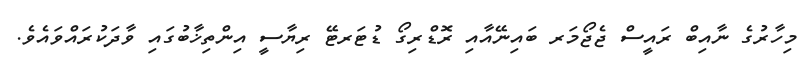
މިހާރުގެ ނާއިބް ރައީސް ޖެޖޯމަރ ބައިނޭއާއި ރޮޑްރިގޯ ޑުޓަރޓޭ ރިޔާސީ އިންތިޚާބުގައި ވާދަކުރައްވައެވެ.